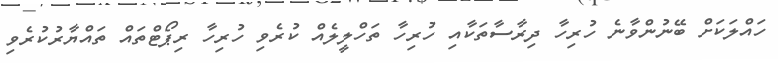
ހައްލަކަށް ބޭނުންވާނެ ހުރިހާ ދިރާސާތަކާއި ހުރިހާ ތަހްލީލެއް ކުރެވި ހުރިހާ ރިޕޯޓްތައް ތައްޔާރުކުރެވި